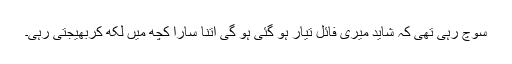
سوچ رہی تھی کہ شاید میری فائل تیار ہو گئی ہو گی اتنا سارا کچھ میں لکھ کربھیجتی رہی۔